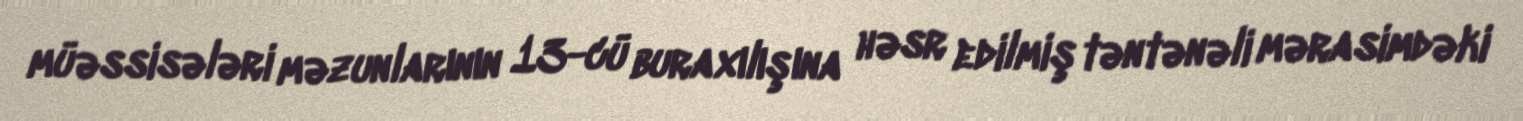
müəssisələri məzunlarının 13-cü buraxılışına həsr edilmiş təntənəli mərasimdəki